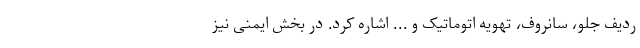
ردیف جلو، سانروف، تهویه اتوماتیک و ... اشاره کرد. در بخش ایمنی نیز